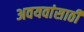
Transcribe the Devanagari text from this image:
अवयवांसाठी